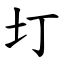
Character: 圢